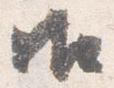
御